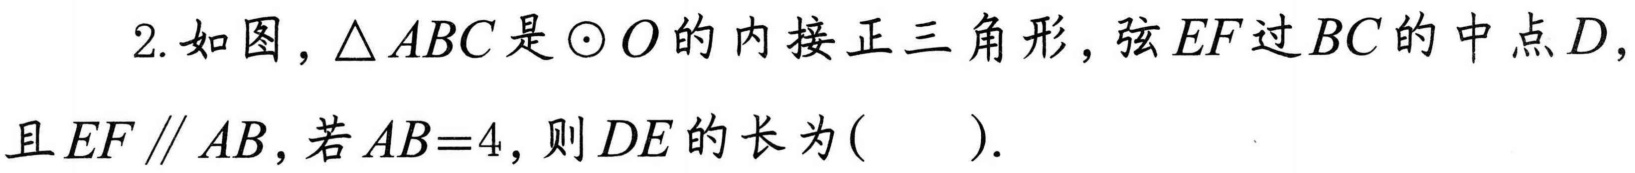
2. 如图，\(\triangle ABC\)是\(\odot O\)的内接正三角形，弦\(EF\)过\(BC\)的中点\(D\)，且\(EF\parallel AB\)，若\(AB = 4\)，则\(DE\)的长为( ).